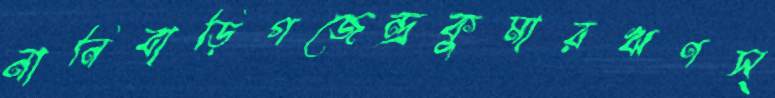
নানিবাড়িগজেন্দ্রকুমারঋণস্